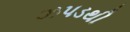
ઝપડથી